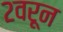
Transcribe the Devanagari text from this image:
२वरून